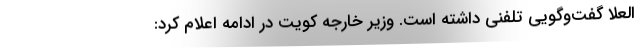
العلا گفت‌و‌گویی تلفنی داشته است. وزیر خارجه کویت در ادامه اعلام کرد: